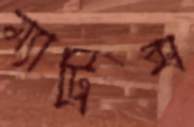
ম্যাট্রিক্স